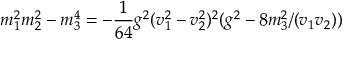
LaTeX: m _ { 1 } ^ { 2 } m _ { 2 } ^ { 2 } - m _ { 3 } ^ { 4 } = - \frac { 1 } { 6 4 } g ^ { 2 } ( v _ { 1 } ^ { 2 } - v _ { 2 } ^ { 2 } ) ^ { 2 } ( g ^ { 2 } - 8 m _ { 3 } ^ { 2 } / ( v _ { 1 } v _ { 2 } ) )